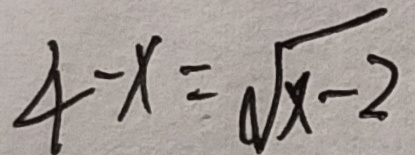
4 - x = \sqrt { x - 2 }